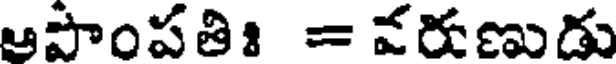
ఆపొంపతి = వరుణుడు